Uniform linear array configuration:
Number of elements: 12
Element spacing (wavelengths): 0.25
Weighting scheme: hann
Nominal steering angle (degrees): -30
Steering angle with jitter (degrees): -31.357
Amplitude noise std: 0.05
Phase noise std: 0.05

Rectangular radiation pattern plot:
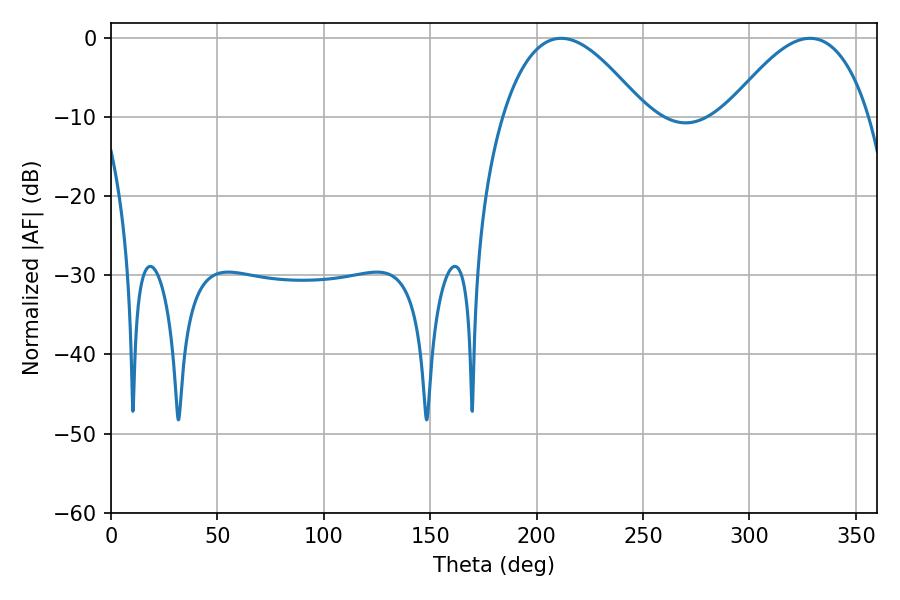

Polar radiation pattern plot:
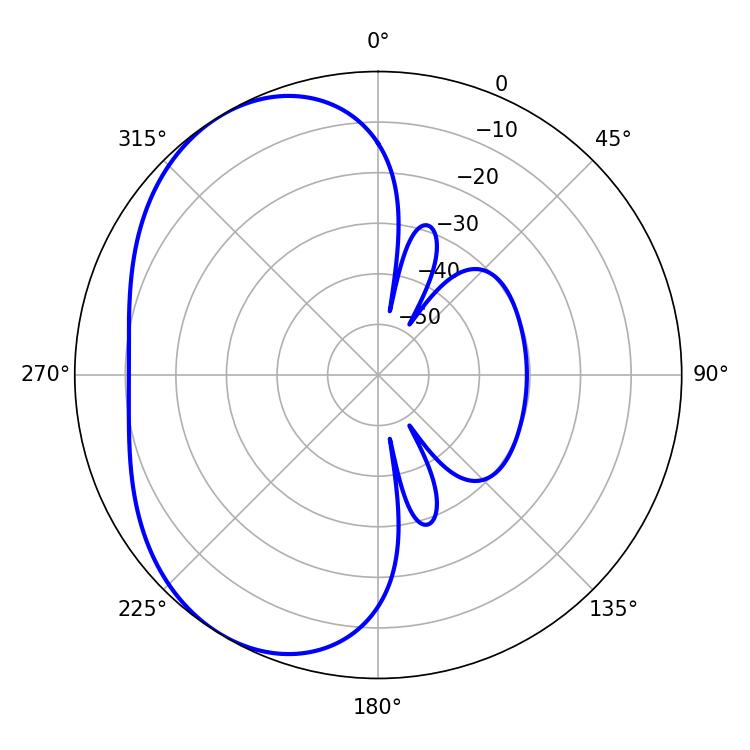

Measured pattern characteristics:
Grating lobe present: FALSE
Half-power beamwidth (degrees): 36.54
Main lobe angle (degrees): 211.5